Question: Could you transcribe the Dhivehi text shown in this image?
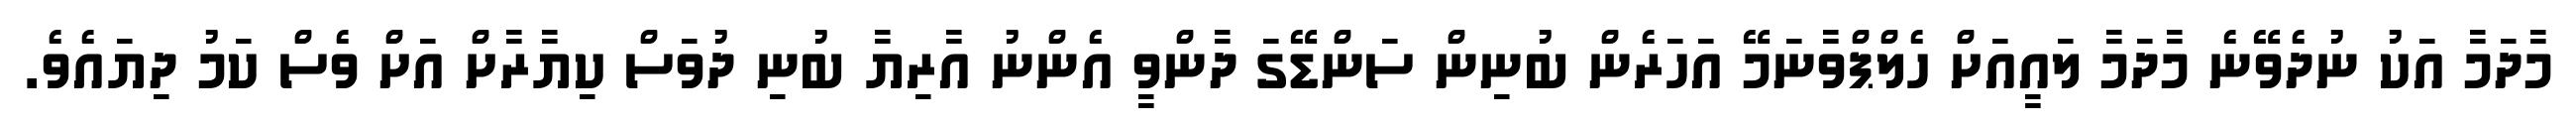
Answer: މާދަމާ އަކު ނުދެވޭނެ މާދަމާ ލައީއަށް ހެލްޕްވާނަމޭ އަހަރެން ބުނިން ސަންޑޭގަ ދާންވީ އެންނު އާރިޔާ ބުނި ދުވަސް ކިޔާރާށް އަށް ވެސް ކަމު ދިޔައެވެ.